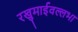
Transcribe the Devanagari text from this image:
रखुमाईवल्लभा